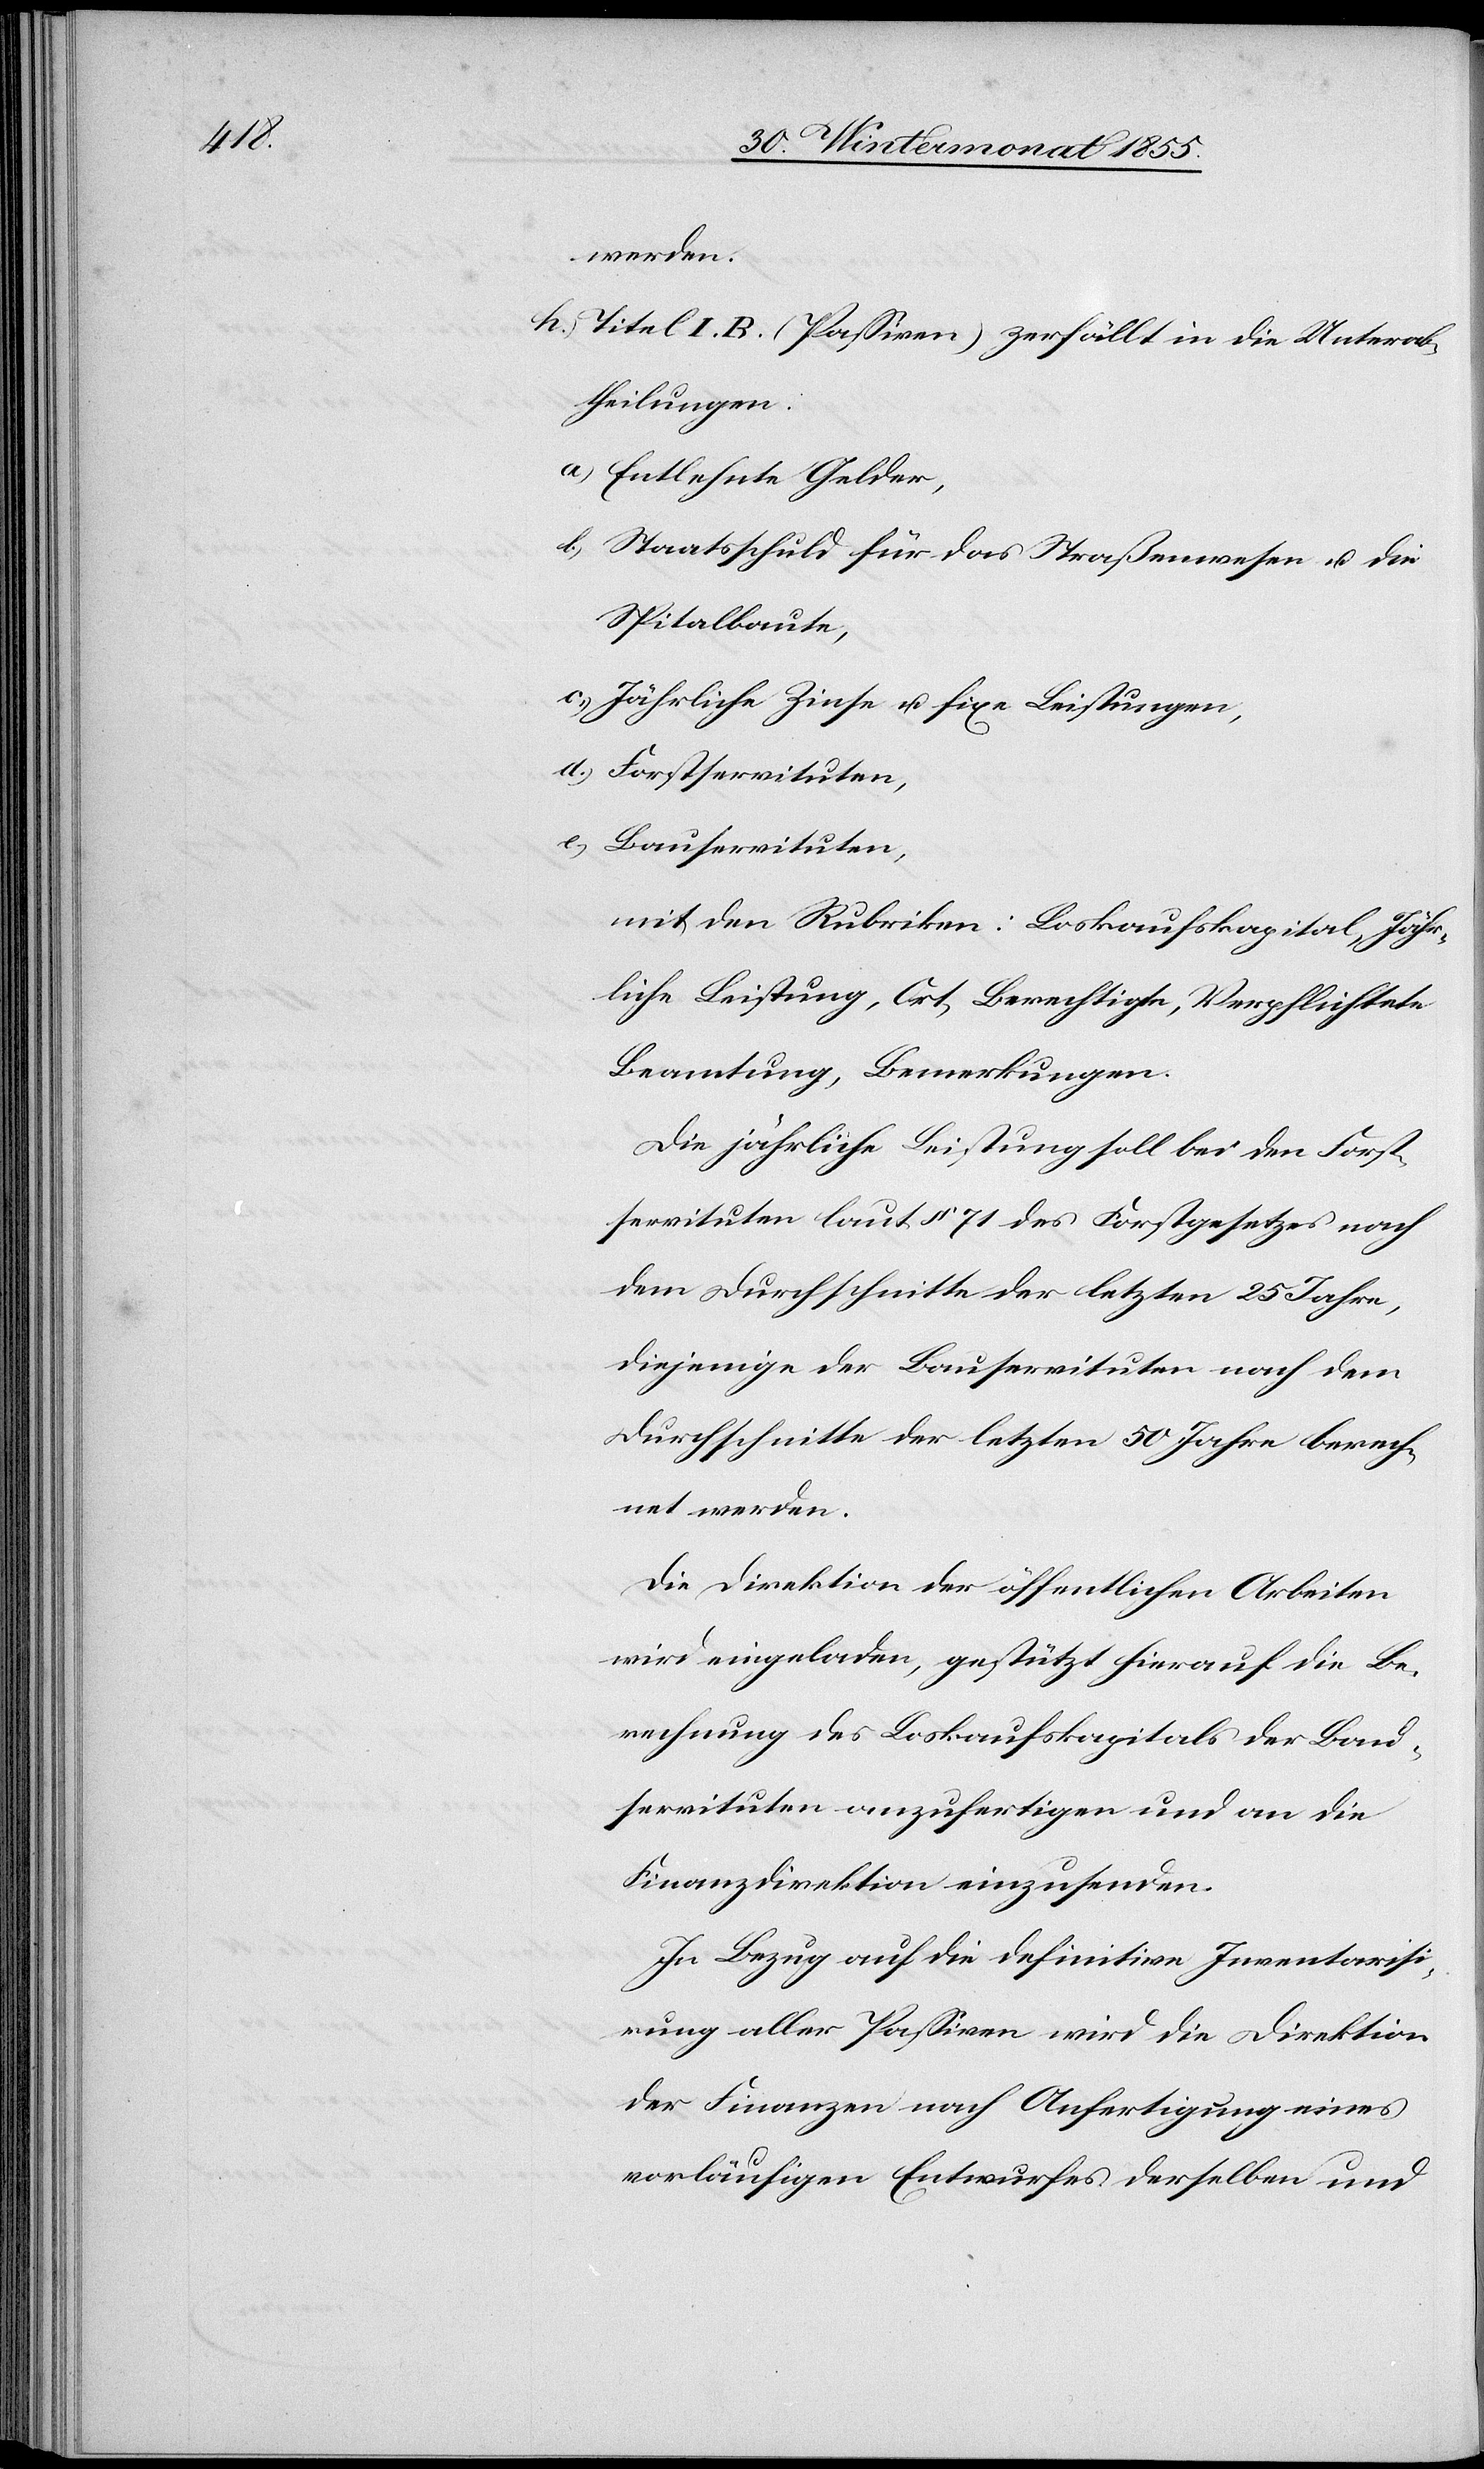
werden.
Titel I. B. (Passiven) zerfällt in die Unterab¬
theilungen:
a) Entlehnte Gelder,
b.) Staatsschuld für das Straßenwesen u. die
Spitalbaute,
c.) Jährliche Zinse u. fixe Leistungen,
d.) Forstservituten,
e.) Bauservituten,
mit den Rubriken: Loskaufskapital, Jähr¬
liche Leistung, Ort, Berechtigte, Verpflichtete
Beamtung, Bemerkungen.
Die jährliche Leistung soll bei den Forst¬
servituten laut § 71 des Forstgesetzes nach
dem Durchschnitte der letzten 25 Jahre,
diejenige der Bauservituten nach dem
Durchschnitte der letzten 50 Jahre berech¬
net werden.
Die Direktion der öffentlichen Arbeiten
wird eingeladen, gestützt hierauf die Be¬
rechnung des Loskaufskapitals der Land¬
servituten anzufertigen und an die
Finanzdirektion einzusenden.
In Bezug auf die definitive Inventarisi¬
rung aller Passiven wird die Direktion
der Finanzen nach Anfertigung eines
vorläufigen Entwurfes derselben und